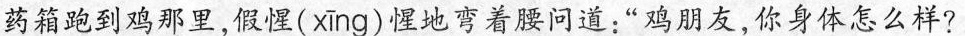
药箱跑到鸡那里，假惺( xing )惺地弯着腰问道：”鸡朋友，你身体怎么样?